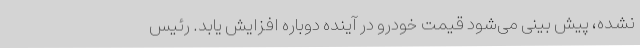
نشده، پیش بینی می‌شود قیمت خودرو در آینده دوباره افزایش یابد. رئیس